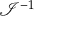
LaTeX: \textstyle { \mathcal { I } } ^ { - 1 }